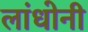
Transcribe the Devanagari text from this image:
लांधोनी